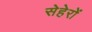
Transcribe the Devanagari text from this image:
सेहेरों